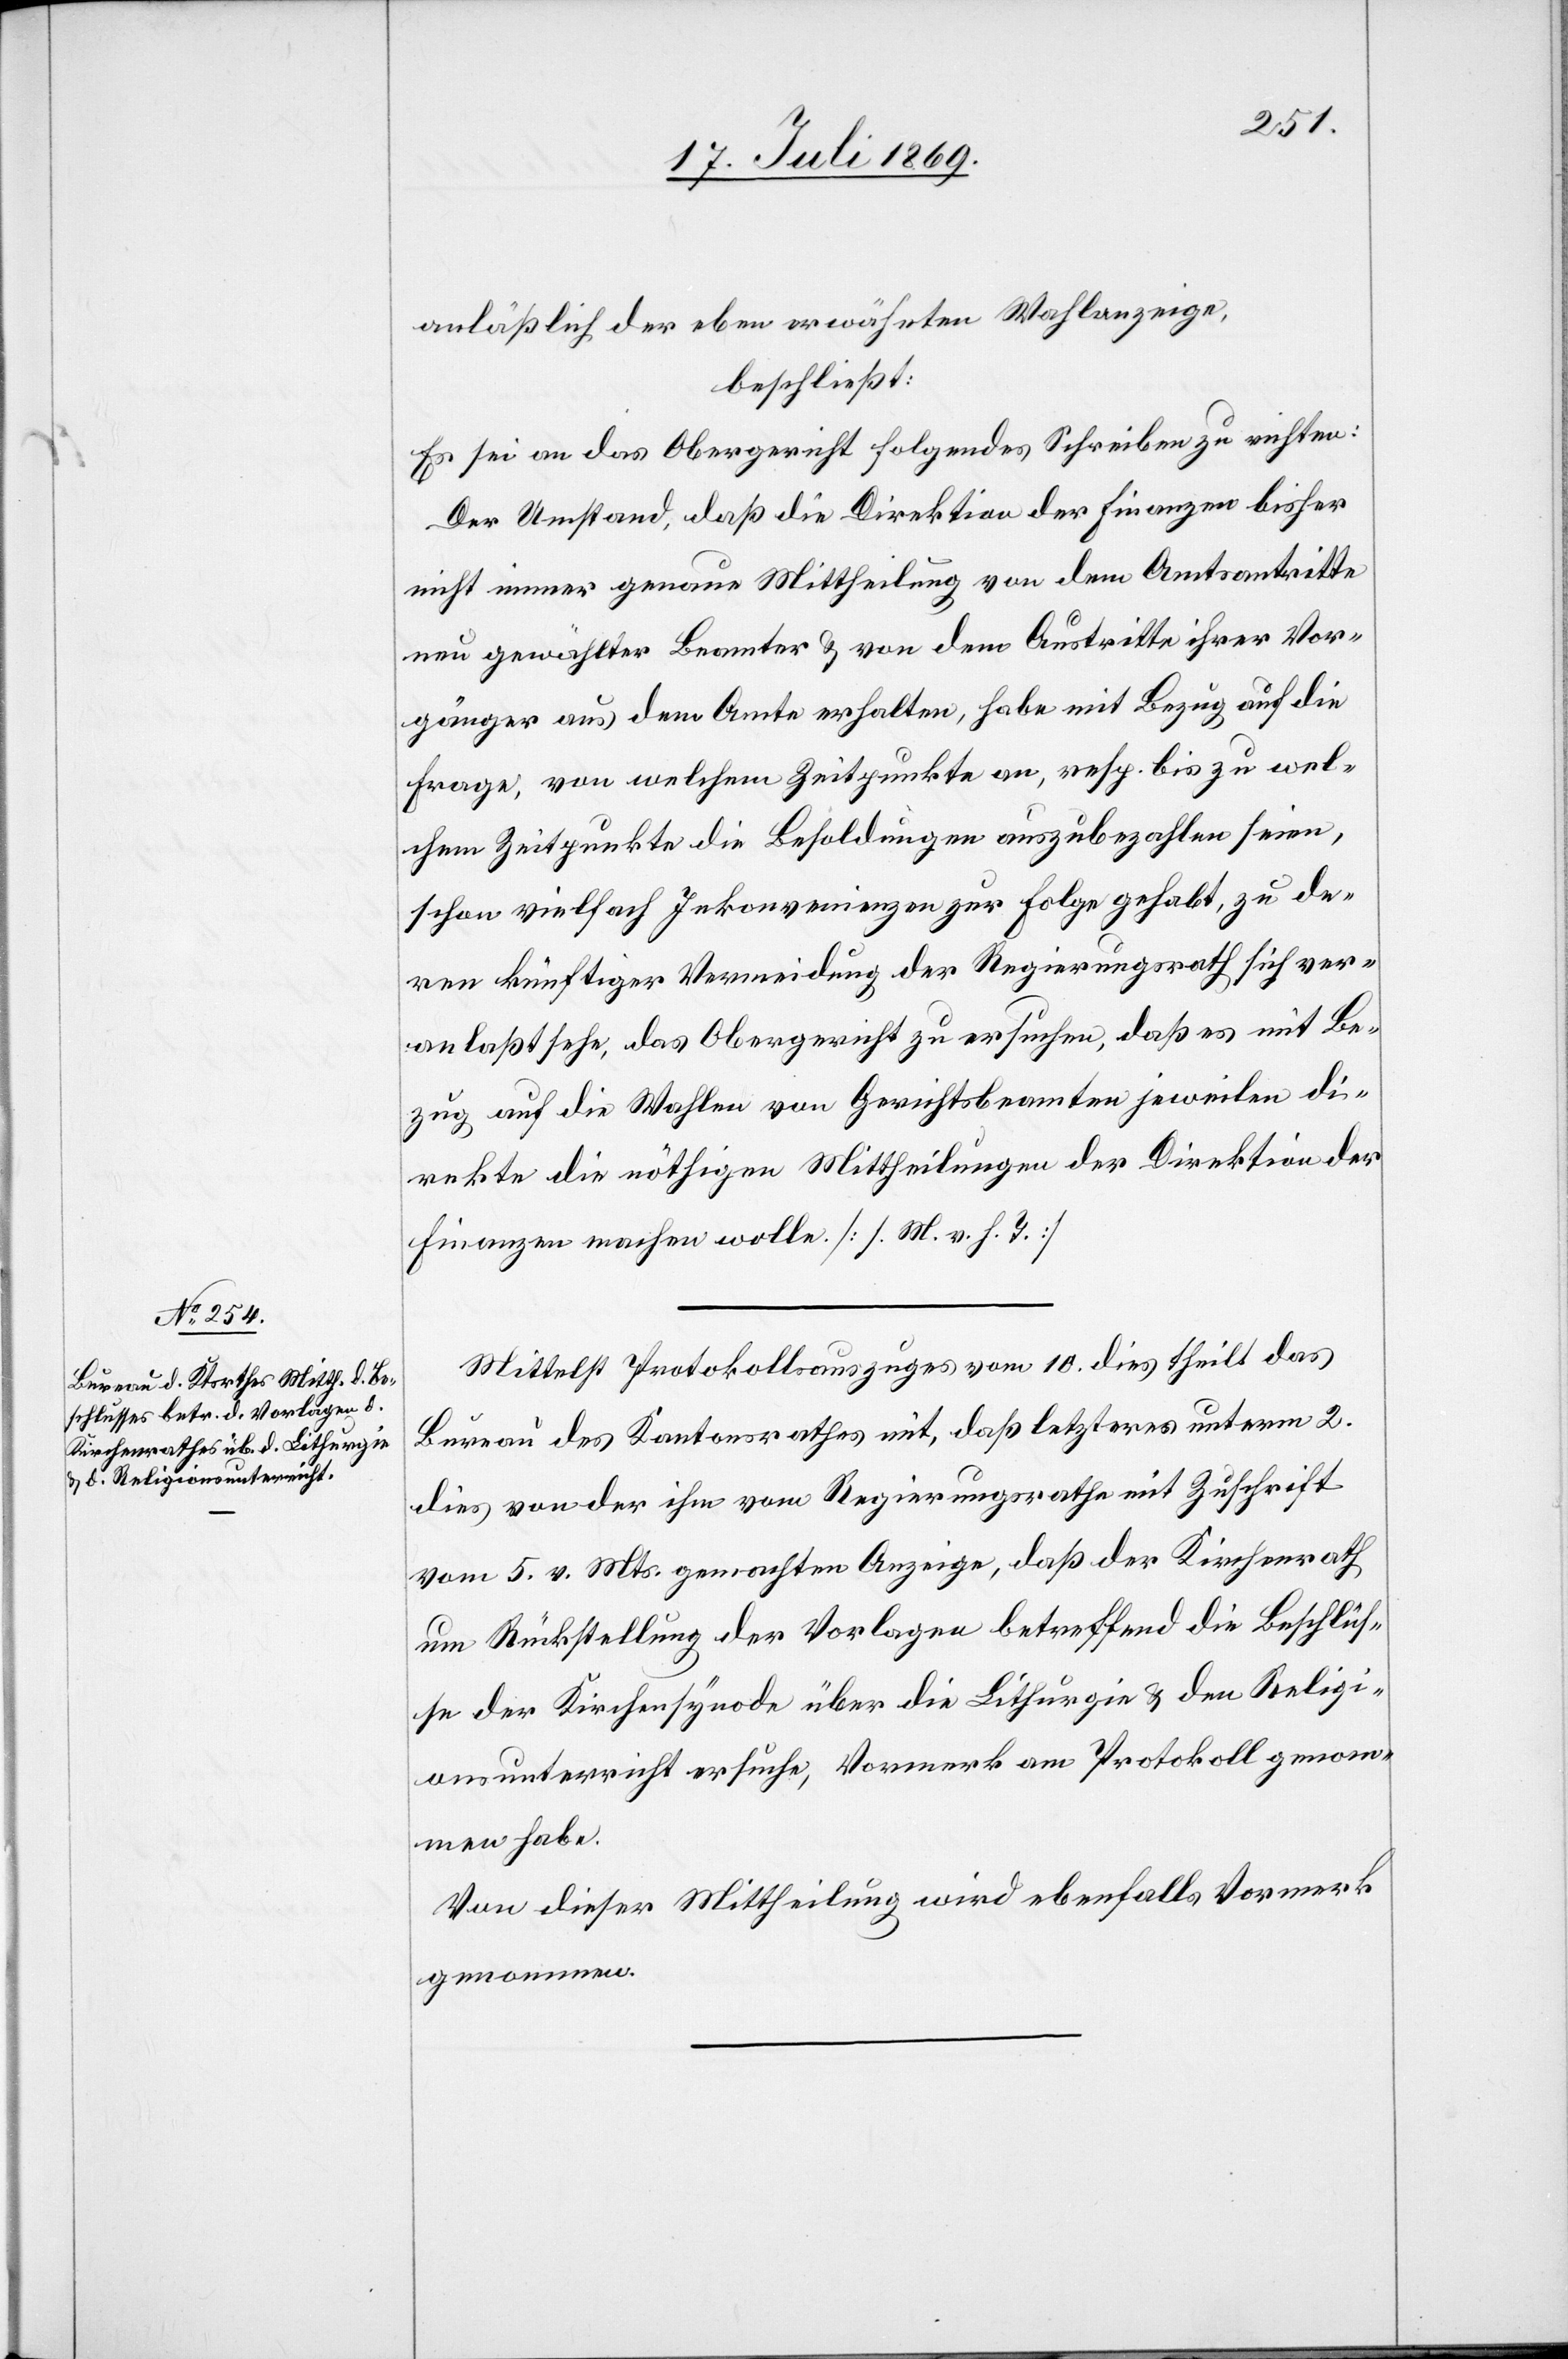
anläßlich der eben erwähnten Wahlanzeige,
beschließt:
Es sei an das Obergericht folgendes Schreiben zu richten:
Der Umstand, daß die Direktion der Finanzen bisher
nicht immer genaue Mittheilung von dem Amtsantritte
neu gewählter Beamter u. von dem Austritte ihrer Vor¬
gänger aus dem Amte erhalten, habe mit Bezug auf die
Frage, von welchem Zeitpunkte an, resp. bis zu wel¬
chem Zeitpunkte die Besoldungen auszubezahlen seien,
schon vielfach Inkonvenienzen zur Folge gehabt, zu de¬
ren künftiger Vermeidung der Regierungsrath sich ver¬
anlaßt sehe, das Obergericht zu ersuchen, daß es mit Be¬
zug auf die Wahlen von Gerichtsbeamten jeweilen di¬
rekte die nöthigen Mittheilungen der Direktion der
Finanzen machen wolle. [l. M. v. h. T]
Mittelst Protokollsauszuges vom 10 dies theilt das
Bureau des Kantonsrathes mit, daß letzteres unterm 2
dies von der ihm vom Regierungsrathe mit Zuschrift
vom 5 v. Mts. gemachten Anzeige, daß der Kirchenrath
um Rückstellung der Vorlagen betreffend die Beschlüs¬
se der Kirchensynode über die Lithurgie u. den Religi¬
onsunterricht ersuche, Vormerk am Protokoll genom¬
men habe.
Von dieser Mittheilung wird ebenfalls Vormerk
genommen.